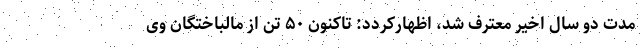
مدت دو سال اخیر معترف شد، اظهارکردد: تاکنون ۵۰ تن از مالباختگان وی